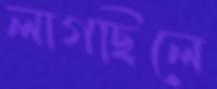
লাগছিলে